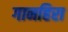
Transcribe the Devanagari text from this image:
गानहिरा